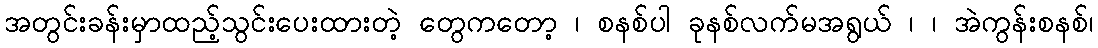
အတွင်းခန်းမှာထည့်သွင်းပေးထားတဲ့ တွေကတော့ ၊ စနစ်ပါ ခုနစ်လက်မအရွယ် ၊ ၊ အဲကွန်းစနစ်၊